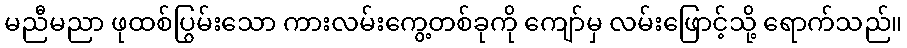
မညီမညာ ဖုထစ်ပြွမ်းသော ကားလမ်းကွေ့တစ်ခုကို ကျော်မှ လမ်းဖြောင့်သို့ ရောက်သည်။